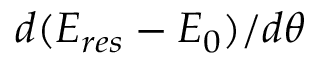
d ( E _ { r e s } - E _ { 0 } ) / d \theta